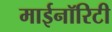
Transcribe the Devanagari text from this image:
माईनॉरिटी